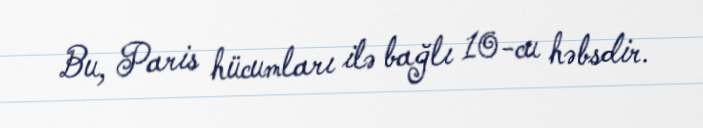
Bu, Paris hücumları ilə bağlı 10-cu həbsdir.